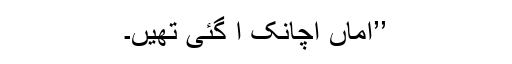
’’اماں اچانک آ گئی تھیں۔